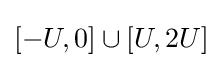
[-U,0]\cup [U,2U]